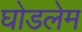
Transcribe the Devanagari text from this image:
घोडलेम